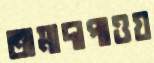
তামাদাপাওয়